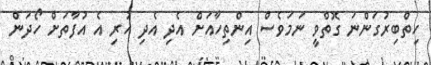
ހިތްބިރުގަންނަ ގޮތްވީ ނަމަވެސް އިންތިހާއަށް އެދި އެދި ހުރި އެ އުފާތަށް ހޯދަން